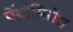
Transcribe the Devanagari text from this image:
ऐंथोसिरोस